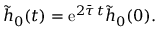
\tilde { h } _ { 0 } ( t ) = \mathrm { e } ^ { 2 \bar { \tau } \, t } \tilde { h } _ { 0 } ( 0 ) .